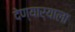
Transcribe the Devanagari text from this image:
देण्यार्‍याला